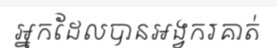
អ្នកដែលបានអង្វករគាត់